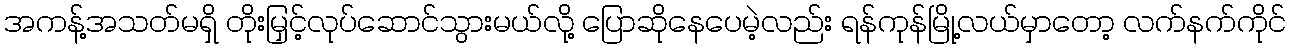
အကန့်အသတ်မရှိ တိုးမြှင့်လုပ်ဆောင်သွားမယ်လို့ ပြောဆိုနေပေမဲ့လည်း ရန်ကုန်မြို့လယ်မှာတော့ လက်နက်ကိုင်